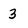
Character: 3